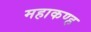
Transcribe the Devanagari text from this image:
महाकण्ह